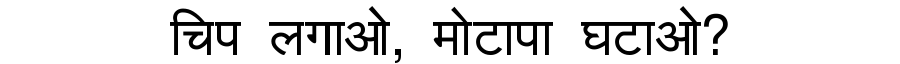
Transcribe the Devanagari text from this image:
चिप लगाओ, मोटापा घटाओ?